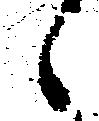
々